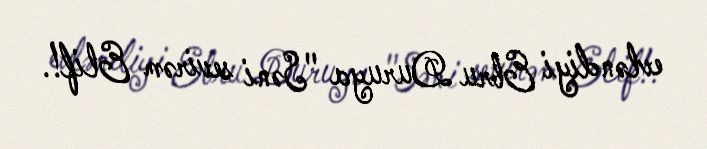
evləndiyi Ebru Duruya "Səni sevirəm Elif!.